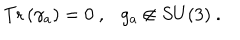
LaTeX: \mathrm { T r } \left( \gamma _ { a } \right) = 0 ~ , g _ { a } \not \in S U ( 3 ) ~ .